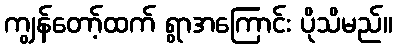
ကျွန်တော့်ထက် ရွာအကြောင်း ပိုသိမည်။